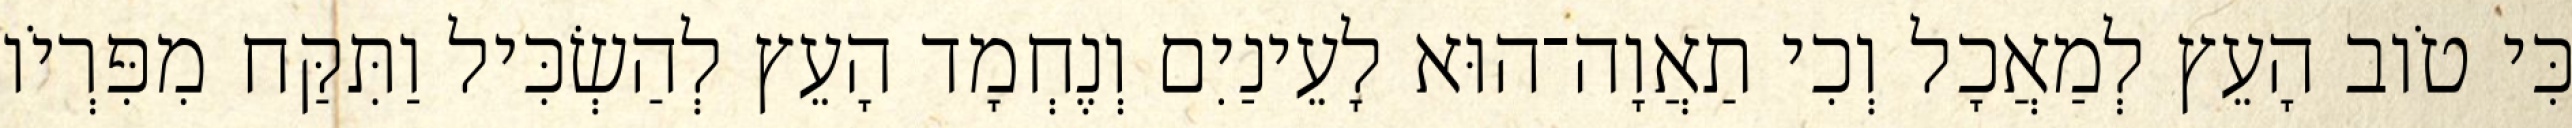
כִּי טֹוב הָעֵץ לְמַאֲכָל וְכִי תַאֲוָה־הוּא לָעֵינַיִם וְנֶחְמָד הָעֵץ לְהַשְׂכִּיל וַתִּקַּח מִפִּרְיֹו